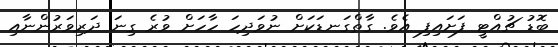
ބޮޑު ޗުއްޓީ ފަށައިފި އެވެ. ގާތްގަނޑަކަށް ނުވަދިހަ ހާހަށް ވުރެ ގިނަ ދަރިވަރުންނާއި